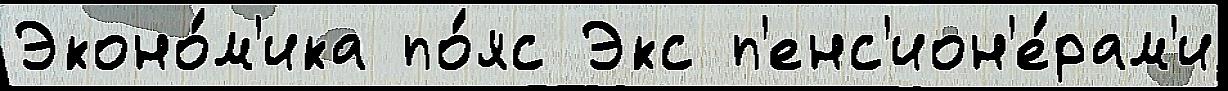
Эконо́м'ика по́яс Экс п'енс'ион'е́рам'и